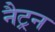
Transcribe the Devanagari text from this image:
नैट्रन